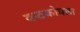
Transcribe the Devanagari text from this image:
कठकोयला